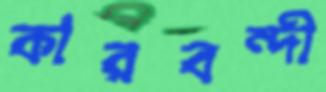
কারবন্দী